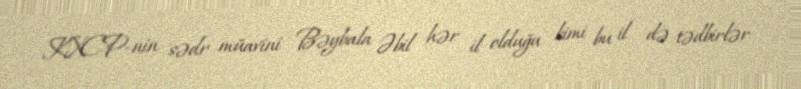
KXCP-nin sədr müavini Bəybala Əbil hər il olduğu kimi bu il də tədbirlər